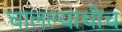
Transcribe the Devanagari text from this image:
चालल्याचीच